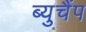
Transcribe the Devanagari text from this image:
ब्युचैंप